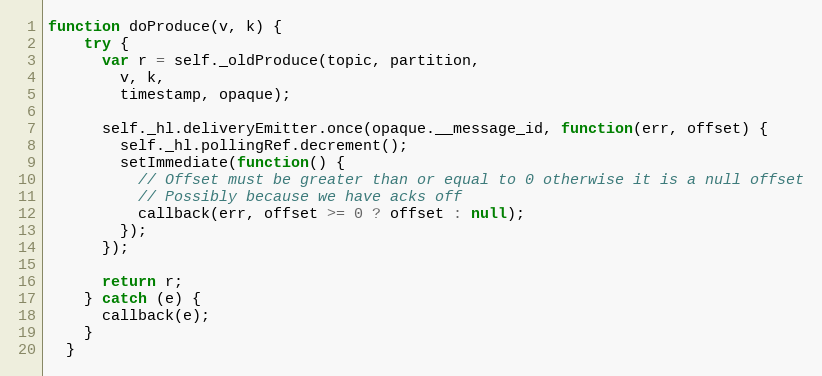
Language: JavaScript
function doProduce(v, k) {
    try {
      var r = self._oldProduce(topic, partition,
        v, k,
        timestamp, opaque);

      self._hl.deliveryEmitter.once(opaque.__message_id, function(err, offset) {
        self._hl.pollingRef.decrement();
        setImmediate(function() {
          // Offset must be greater than or equal to 0 otherwise it is a null offset
          // Possibly because we have acks off
          callback(err, offset >= 0 ? offset : null);
        });
      });

      return r;
    } catch (e) {
      callback(e);
    }
  }